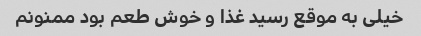
خیلی به موقع رسید غذا و خوش طعم بود ممنونم